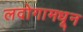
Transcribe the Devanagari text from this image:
लदोगामधून